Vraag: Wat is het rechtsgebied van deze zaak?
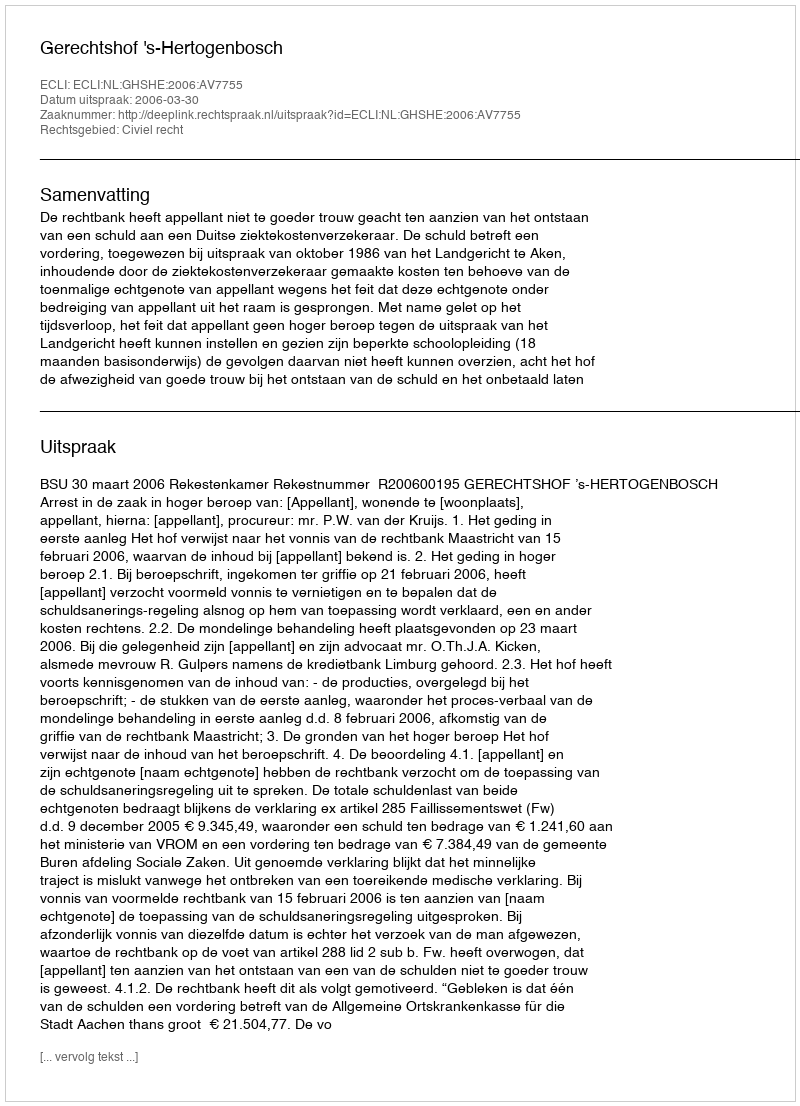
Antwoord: Civiel recht